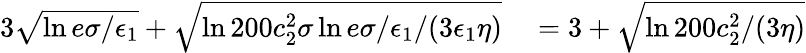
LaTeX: \begin{array}{rl}{3\sqrt{\ln{e\sigma/\epsilon_{1}}}+\sqrt{\ln{200c_{2}^{2}\sigma\ln{e\sigma/\epsilon_{1}}/(3\epsilon_{1}\eta)}}}&{{}=3+\sqrt{\ln{200c_{2}^{2}/(3\eta)}}}\end{array}